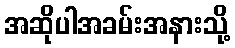
အဆိုပါအခမ်းအနားသို့